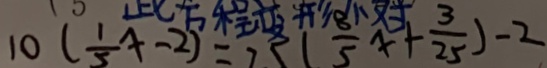
1 0 ( \frac { 1 } { 5 } x - 2 ) = 7 5 ( \frac { 8 } { 5 } x + \frac { 3 } { 2 5 } ) - 2